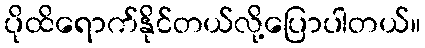
ပိုထိရောက်နိုင်တယ်လို့ပြောပါတယ်။